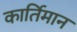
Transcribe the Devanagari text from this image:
कार्तिमान